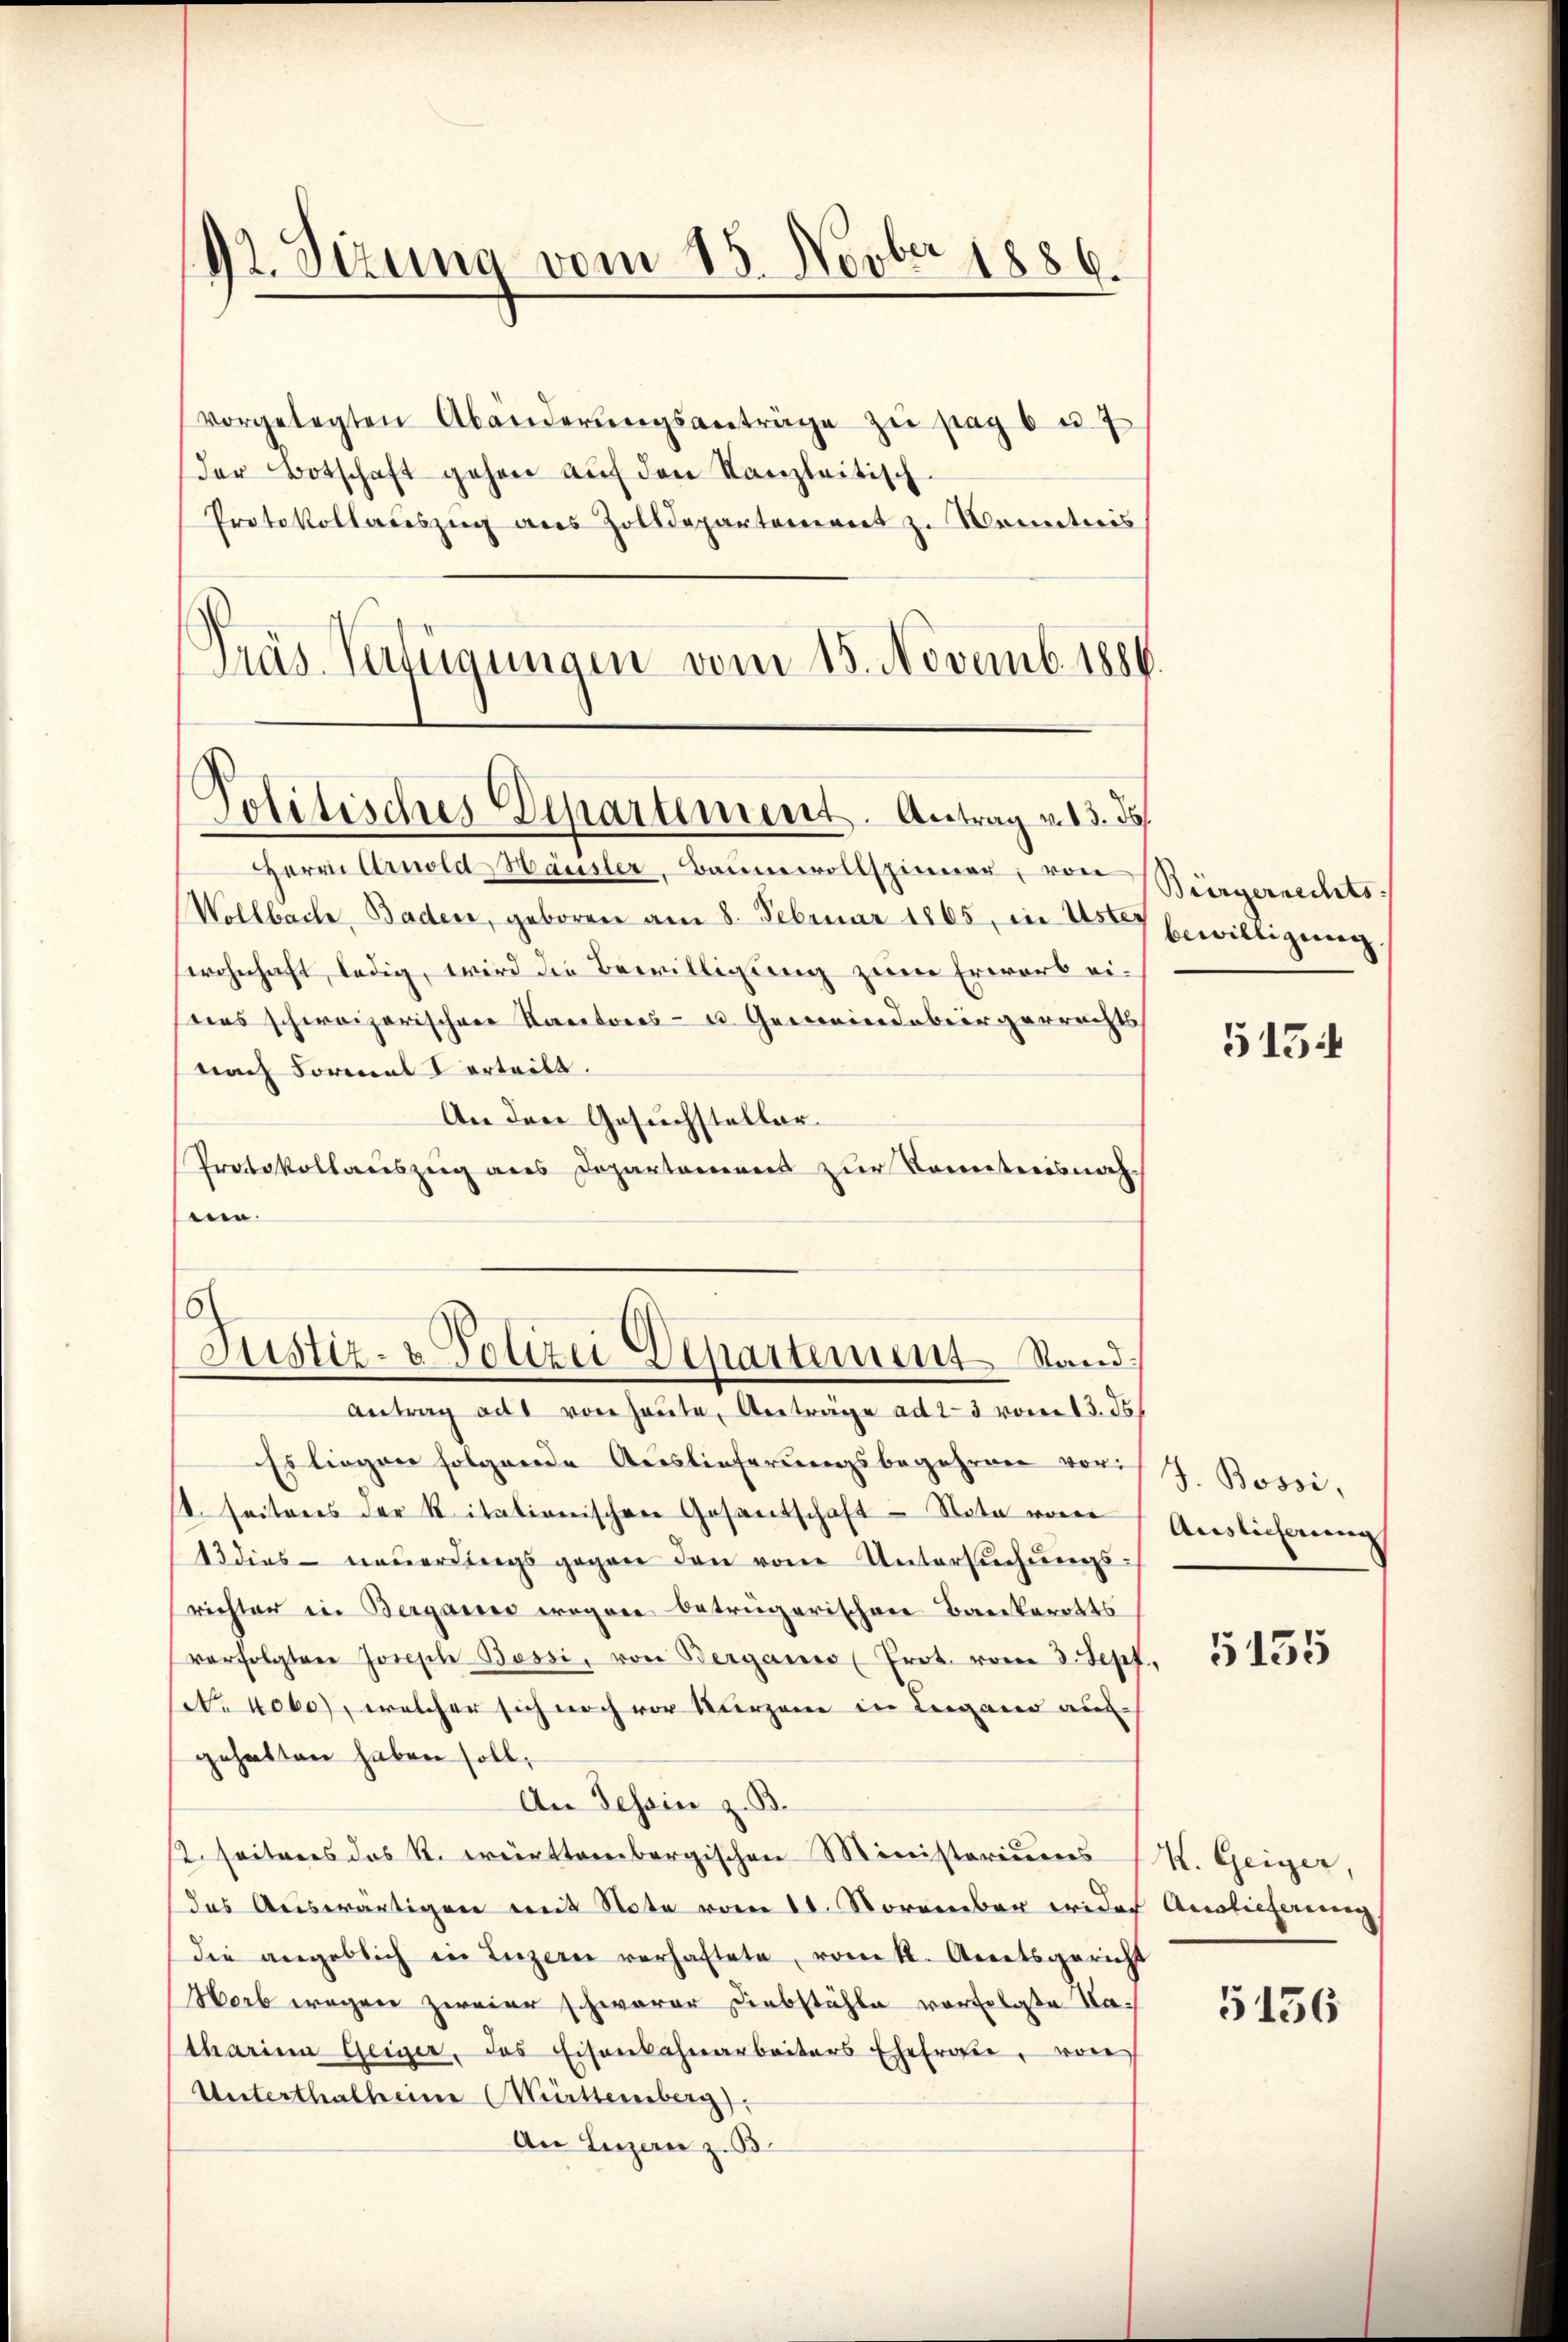
92. Sizung vom 15. Novber 1886.

vorgelegten Abänderŭngsanträge zŭ pag. 6 u. 7
der Botschaft gehen aŭf den Kanzleitisch
Protokollauszug aus Zolldepartement z. Montinis
Präs. Verfügungen vom 15. Novemb. 1880

Politisches Departement. Antrag v. 13. ds

Herrn Arnold Häusler, Baumwollspinner, von Bürgerrechts
Wollbache, Baden, geboren am 8. Februar 1865, in Uster
wohnhaft ledig, wird die Bewilligung zum Erwarb eiias schweizerischen Kantons- u. Gemeindebürgerrechts
nach Formal V erteilt.
An den Gesuchsteller.
Protokollauszug aus Departamens zur Komiteesnachn.

Justiz- & Polizei Departement Stand
Antrag ad von heŭte Anträge ad 2-3 vom 13. ds.

Es liegen folgende Auslieferungsbegehren vor:
t. seitens der Ritalienischen Gesantschaft - Nota vom
13 dies neuerdings gegen den vom Untersuchungsrichter in Berganis wegen betrügerischen Baukarotts
verfolgter Joseph Bossi, von Berganio Prot. vom 3. Sept
No 4060), welcher sich noch vor kurzene in Leigener ausgehalten haben soll,
An Tessin z. B.
st seitens das St. württembergischen Ministeriums
das Auswärtigen mit Note vom 11. November wider
die angeblich in Luzern verhaftete, vom k. Aegetsgerich
Horb wegen zweier schwerer Diebstähle verfolgte Tatharina Geiger, das Eisenbahnarbeiters Ehefrage, von
Unterthalheine Württemberg),
An Luzern z. B

bewilligung

5154

J. Bossi,
Auslieferung

5135

V. Geiger,
f Auslieferung

5136